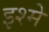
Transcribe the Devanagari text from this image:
इश्मे